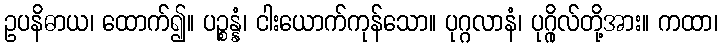
ဥပနိဓာယ၊ ထောက်၍။ ပဉ္စန္နံ၊ ငါးယောက်ကုန်သော။ ပုဂ္ဂလာနံ၊ ပုဂ္ဂိုလ်တို့အား။ ကထာ၊